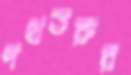
পথতরুর